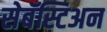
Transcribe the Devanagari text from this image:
सेबॅस्टिअन